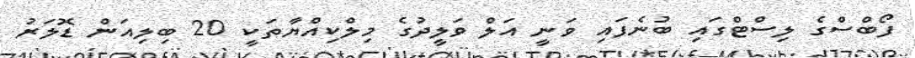
ފޯބްސްގެ ލިސްޓްގައި ބުނެފައި ވަނީ އަލް ވަލީދުގެ މިލްކިއްޔާތަކީ 20 ބިލިއަން ޑޮލަރު